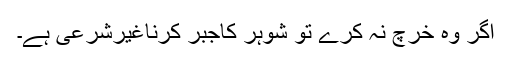
اگر وہ خرچ نہ کرے تو شوہر کاجبر کرناغیرشرعی ہے۔